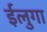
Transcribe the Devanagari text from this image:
ईलुगा